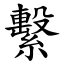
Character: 繫